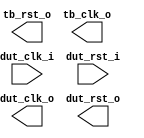
/*******************************************************************************
    Verilog netlist generated by IPGEN Lattice Propel (64-bit)
    2.0.2103172220
    Soft IP Version: 1.0.0
    2021 03 26 11:48:51
*******************************************************************************/
/*******************************************************************************
    Wrapper Module generated per user settings.
*******************************************************************************/
module sysclk_rst_gen1 (dut_clk_i, dut_rst_i, dut_clk_o, dut_rst_o, tb_rst_o,
    tb_clk_o)/* synthesis syn_black_box syn_declare_black_box=1 */;
    input  dut_clk_i;
    input  dut_rst_i;
    output  dut_clk_o;
    output  dut_rst_o;
    output  tb_rst_o;
    output  tb_clk_o;
endmodule